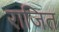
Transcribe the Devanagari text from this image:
राजित